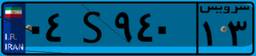
۰۰S۵۲۹۶۰